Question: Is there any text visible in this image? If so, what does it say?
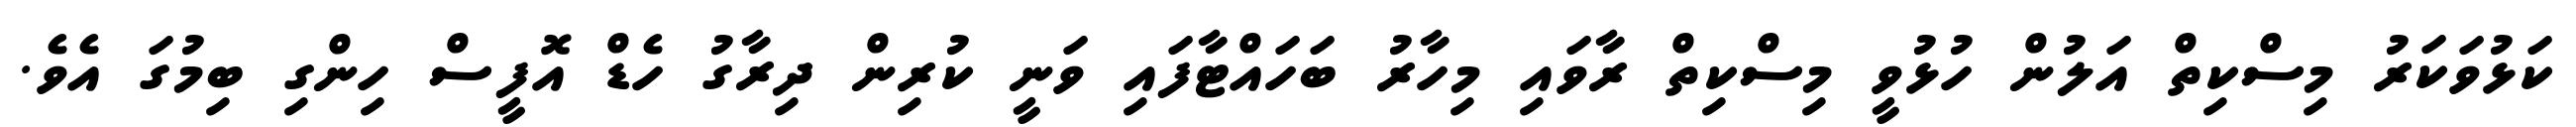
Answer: ކަޅުވަކަރު މިސްކިތް އަލުން ހުޅުވީ މިސްކިތް ރާވައި މިހާރު ބަހައްޓާފައި ވަނީ ކުރިން ދިރާގު ހެޑް އޮފީސް ހިންގި ބިމުގަ އެވެ.